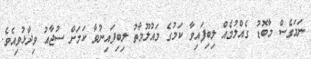
ނަމަވެސް މާބޮޑު ގެއްލުމެއް ލިބިފައިވާ ކަމުގެ މައުލޫމާތު ލިބިފައިނުވާ ކަމަށް ސުޖާއު ވިދާޅުވިއެވެ.